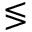
\lessgtr